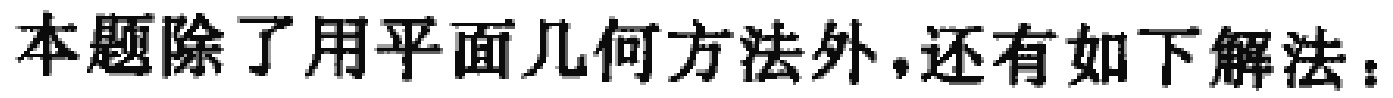
本题除了用平面几何方法外,还有如下解法：